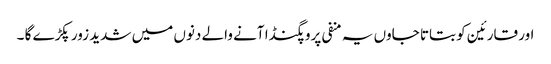
اور قارئین کو بتاتا جاوں یہ منفی پروپگنڈا آنے والے دنوں میں شدید زور پکڑے گا ۔